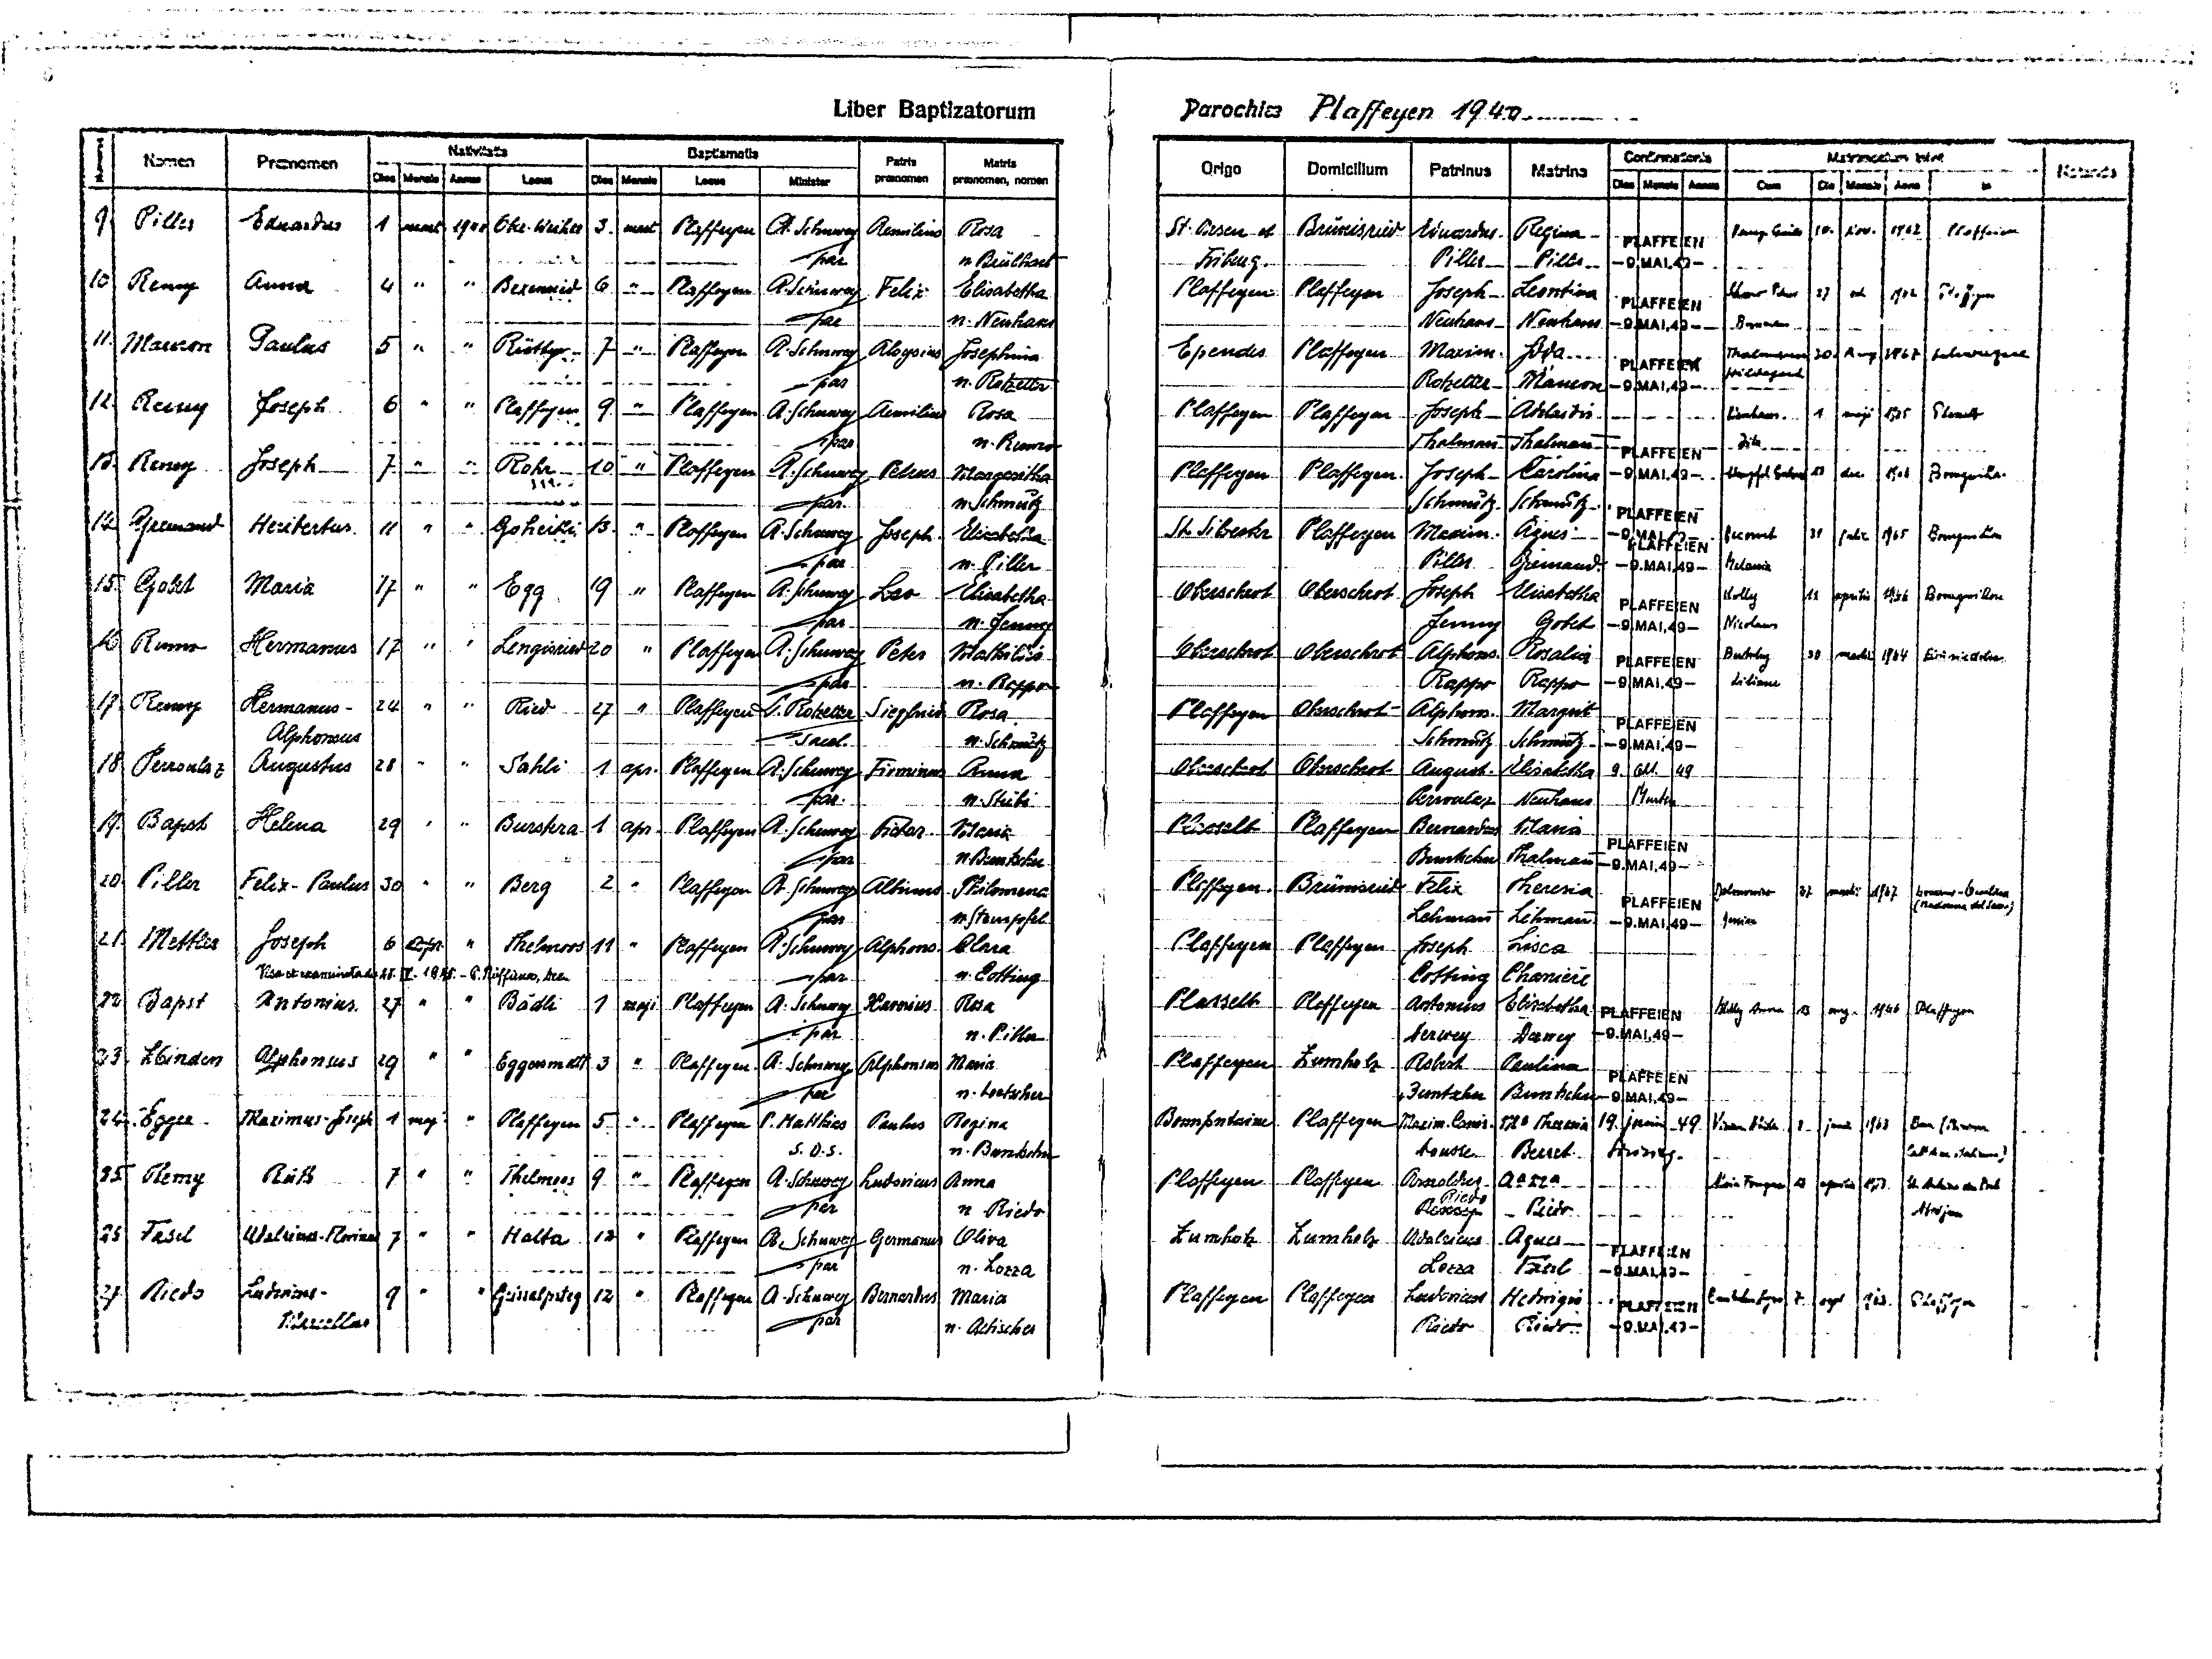
5

Parochia Plaffeyen 1949
Liber Baptizatorum
Maitis
Bertxmalis
Mermcim tuch
Manis
Cortrmaaria
Patris
Matris
Nomen
Pranomen
Origo
Domicilium
Patrinus
Mstrina
P
an
Manals
Lacuus
Dans
praenomen
praenomen, noren
ha
Lanus
Menis
Minister
aus
Cus

Mnis
Aanus
Dn
uns
dans
Piller
Eduardus
9

1
3.
1900
Ober-Weiher
Plaffeyen
Rosa
mart
A. Schuwey
St. Oesen e8
10v.
1962
Regina
Plaffeien
10.
Aemilius
Brüscisried
Einardus
Pany Cnils
PLAFFEIEN
n. Brülhet
Piller
par
Friberg
-9.MAI.49-
Piller
"
"
10
Anna

Plaffeyen
Remy
4
6
Ateruswey
Elisabetha
Leontina
Beremied
Plaffeyen
1962
Fl. Jegen
Felli
Plaffeyen
2)
eh
Joseph
Shoeo Pus
PLAFFEIEN
n. Neuhaus
par
Neuhaus
Neuhaus
-9.MAI.49-
Dermantus
1
"
Maurron
Paulus
"
5
Rüütty
1

Marim.
A. Schuwey
Ependes
p.
Plaffeyen
Aloysius
Plaffeyen
1967
Sehargn
Thalmuo
20
Aug
Josephna
PLAFFEIEN
wildeganl
Rotzetter
Maueon
par
n. Rotzetter
-9.MAI.49-
18
Reuuy

6
9
"
Joseph
Plaffeyen
Plaffeyen
Plaffeyen
Aemiliu
Adelardis
Thane
Joseph
maji
1935
A. Schuwey
1
Plaffeyen
Lienhau.
Rosa
n. Rumo
Thalmann
Dite
Thalman
par
PLAFFEIEN

15
Renen
"
10
Joseph
7
Rete
A. Schuwey
Plaffeyen
2
Carolina
-9.MAI.49-
Bomguiha.
18
dar
Smpfel Getr
Pelrus
Plaffeyen
Plaffeyen
1ot
Joseph
Margaritha
par
Schatz
n. Schmutz
Schmutz
PLAFFEIEN
"
12
Apelman
"
Heribertus.
16
"
18
Goheiki
Plaffeyen
St. Sibserter
Elisabetha
BrmgenLon
Plaffeyen
38
Mariin
Agnes
Fecmit
Jalr
1965
A. Schuwey
-9.4AA19I
Joseph.
PLAFFEIEN
n. Piller
Gremand.
par.
Piller
Melauia
-9.MAI.49-
"
159
91
"
"
7
Gobet
Maria
699.
Plaffeyen
Elisabetha
Oberschrot
Elisabetha
Oberschrot
Kolly
Leo
arph

Bomyrilon
A. Schuwey
epei hi
1966
PLAFFEIEN
Gotet
par
n. Jenmy
Jermy
Niroaus
-9.MAI.49-
1
"
Rum
Hermanus
"
"
17
Lengisried
20
Plaffeyen
A. Schuwey
Oberschrot
Oberschrot
Alphons
30
Peter
1964
marht)
Rosalia
Liruniedolm
Mathildis
Burbsley
PLAFFEIEN
par
Rappo
-9.MAI.49-
Litiane
Rappo
n. Roppo
18
"
Remy
Kermanus-
"
Ried
24
"
Plaffeyen
27
Siepfnen
Margeit
L. Rotzetter
Plaffeyen
Oberschrot
Alphans
Rosa
PLAFFEIEN
Alphonsus
sucl.
n. Schmutz
Schmutz
Schmutz
-9.MAI.49-

1
Perroulaz
Auqustus
28
Sahli
Oberschrot
2
Oberschrot
Augurst
Elisabetha
Plaffeyen
A. Schuwey
Anna
ops.
Früminus
9. Ablt. 49
Mutea
n. Steibs
par.
Perronlay
Neuhaus

Na
(apst
Helena
1
Burstera
1
29
Plasselt
Plaffeyen
Bernarduns
Apr
Mlana
Plaffeyen
A. Schuwey
Victar
Maria
PLAFFEIEN
n. Buntschu
par
Thalmann
Buntschu
-9.MAI.49-
Piller
20
"
2
"
Berg
"
Plaffeyen
Felix-Paulus
30
Brünisrid
Plaffeyen
Albinnuus
Felix
Thereria
A. Schuwey
Thilomena
Dolmois
32
honiur-Oeildus
mart.
1967
PLAFFEIEN
(Madonna Aeh. Sawiy
Lehman
n. Stempfel
Lehmann
par
-9.MAI.49-
Jonsier
Mettler
21
Joseph
"
6
2f61
Thelmoos
"
Plaffeyen
Plaffeyen
risca
A. Schuwy
Clara
11
Plaffeyen
Alphons
Joseph
n. Cotting
Cottina
Visa A examindadt 18. II. 184. - 6. Riffina, det
Chanicie
par.
32
"

Plasselb
Bäcli
Plaffeyen
Daper
27
Plaffeyen
Haverius
Antonus
Antonius.
7
maji
Rosa
Ebischetha
A. Schuwey
Kolly Arna
3
mg.
1966
Plaffeyen
PLAFFEIEN
-9.MAI.49-
par.
Damey
n. Piller
Verwey
Plaffeyen
"
Alphonsess
"
1231
Zbinden
19
Eggersmart
Plaffeyen
3/
"
Zumhalz
Maria
Robert
A. Schuwey
Alphonsus
Paulina
PLAFFEIEN
par
Juntschu
n. Loetscher
Buntschu
--9.MAI.49-
"
1
mag
Sager
Maximus-Joseph
Plaffeyen
24
Plaffeyen
1926 Theeria
Paulus
Bompntaine
Maxim. Cnis
.

Plaffeyen
Regina
P. Hatthius
19 junia 49
Dan Sihwn
1963
Vinan Aitar
juns
1
n. Bundschu
Houste
Berret
S.0.S.
Brinlg.
LaihJalia
"
251
"
Remy
Rüff
7
Aaria
A. Schuwey
Thelmoos
Arscoldus
9
"
Ludovicus
Anna
Plaffeyen
MriaFragua
Plaffeyen
Plaffeyen
s
apni
Sh Artes d Prt
163
Riedo
Riedo
par
n. Riedo
Resmry
Aberjun
Zumhelz
"
"
35
"
13
Plaffeyen
Fesel
Udalsinus-Rovinus
7
Halta
Zumhatz
Agues
Adalescus
Germonus
Oliva
B. Schuwey
PLAFFEIEN
Tarrl
par
n. Lorza
Locza
-9.MAI.49-
"

Ludenius-
"
Rieds
Ludovicss
7/
Bernerlus
Plaffeyen
Plaffeyen
12
Plaffeyen
Gistalpteg
A. Schuwey
Maria
Hedrigis
7.1
CSchfo
1
723.
9
Plaffeyen
PLAFFEIEN
Piaecellas
par
Riedo.
Riedo
-9.MAI.49-
n. Aebischer